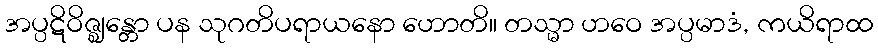
အပ္ပဋိဝိဇ္ဈန္တော ပန သုဂတိပရာယနော ဟောတိ။ တသ္မာ ဟဝေ အပ္ပမာဒံ, ကယိရာထ